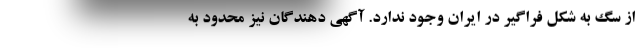
از سگ به شکل فراگیر در ایران وجود ندارد. آگهی دهندگان نیز محدود به